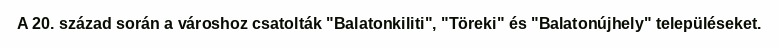
A 20. század során a városhoz csatolták "Balatonkiliti", "Töreki" és "Balatonújhely" településeket.